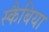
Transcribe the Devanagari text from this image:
स्कैबिया